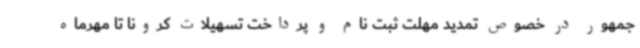
جمهور در خصوص تمدید مهلت ثبت نام و پرداخت تسهیلات کرونا تا مهرماه